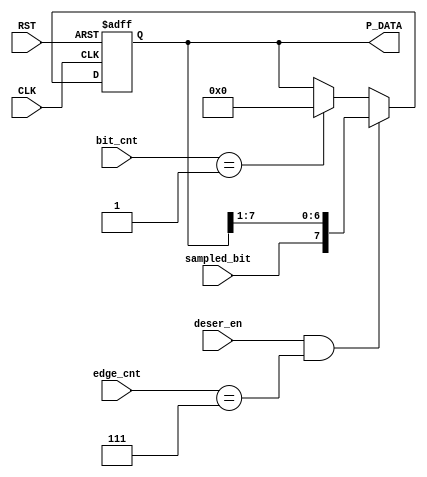
module Deserializer(
	input  wire            CLK,
	input  wire            RST,
	input  wire            deser_en,
	input  wire            sampled_bit,
	input  wire    [2:0]   edge_cnt,     
	input  wire    [3:0]   bit_cnt,
	output reg     [7:0]   P_DATA
	
);

reg [7:0] P_DATA_reg;
/*
always@(*)
begin
    if(deser_en)
        begin
            if(edge_cnt==3'd7)
                begin
                    P_DATA_reg = {sampled_bit,P_DATA_reg[7:1]};
                end
            else
                begin
                    P_DATA_reg = P_DATA_reg;
                end
        end
    else
        begin
            P_DATA_reg = 8'b0;
        end
end
*/
always@(posedge CLK,negedge RST)
begin
    if(!RST)
        begin
            P_DATA <= 8'b0;
        end
    else if(deser_en && edge_cnt==3'd7)
        begin
            P_DATA <= {sampled_bit,P_DATA[7:1]};
        end
    else if(bit_cnt == 4'b0001)
        begin
            P_DATA <= 8'b0;
        end
end

endmodule